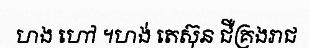
ហង ហៅ ។ហង់ តេស៊ុន ជឺគ្រងរាជ